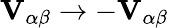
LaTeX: \mathbf{V}_{\alpha\beta}\to-\mathbf{V}_{\alpha\beta}